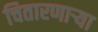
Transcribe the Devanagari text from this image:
चितारणाऱ्या